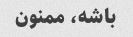
باشه، ممنون